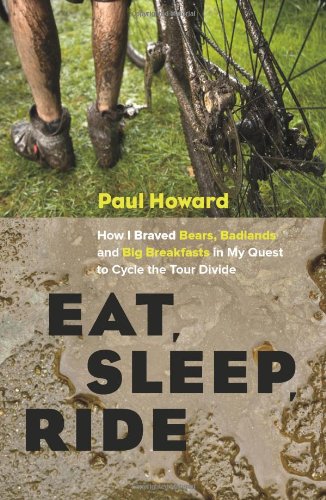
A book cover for Eat, Sleep, Ride: How I Braved Bears, Badlands, and Big Breakfasts in My Quest to Cycle the Tour Divide; Paul Howard; Travel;